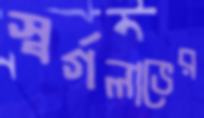
স্বর্গলাভের